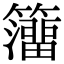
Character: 𥶅